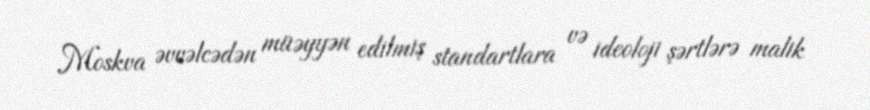
Moskva əvvəlcədən müəyyən edilmiş standartlara və ideoloji şərtlərə malik